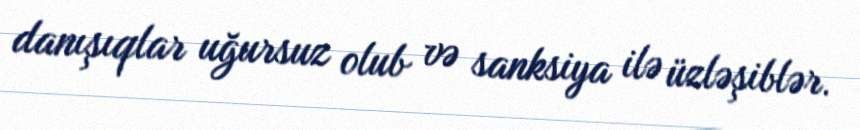
danışıqlar uğursuz olub və sanksiya ilə üzləşiblər.